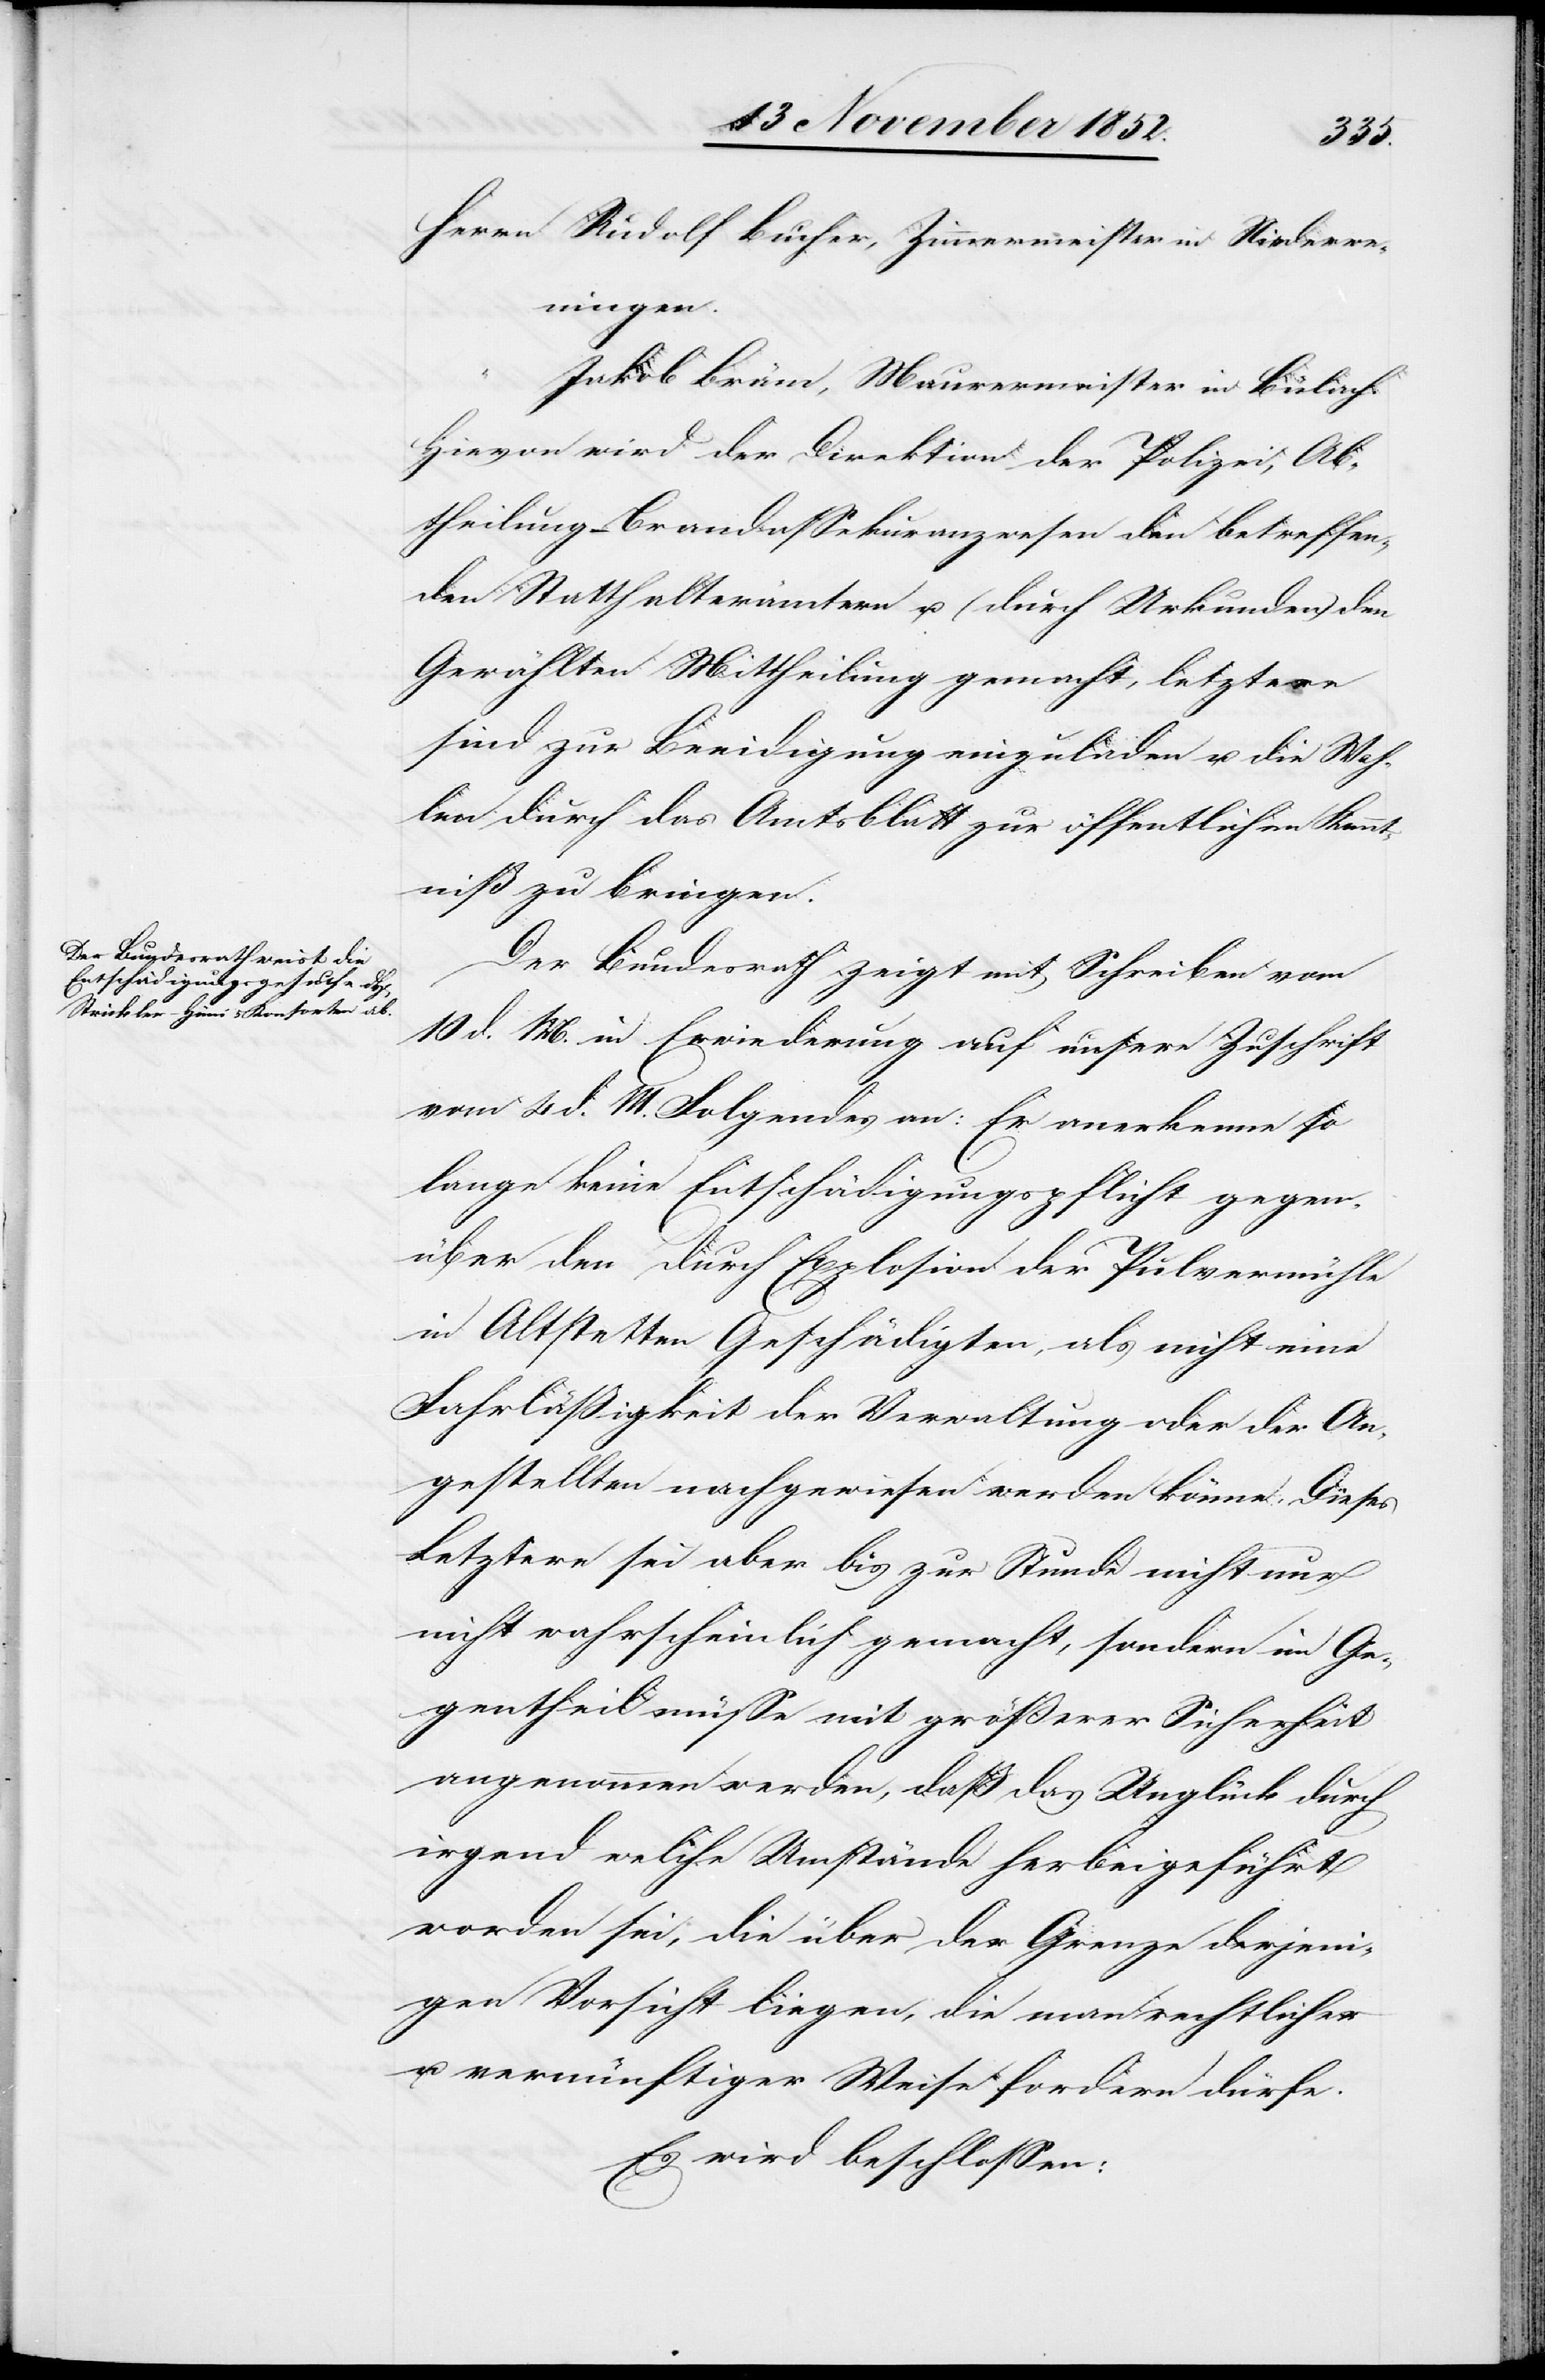
Herrn Rudolf Bucher, Zimmermeister in Niederwe¬
ningen.
Jakob Bräm, Maurermeister in Bülach.
Hievon wird der Direktion der Polizei, Ab¬
theilung – Brandassekuranzwesen[,] den betreffen¬
den Statthalterämtern u. (durch Urkunden) den
Gewählten Mittheilung gemacht, letztere
sind zur Beeidigung einzuladen u. die Wah¬
len durch das Amtsblatt zur öffentlichen Kennt¬
niß zu bringen.
Der Bundesrath zeigt mit Schreiben vom
10 d. M. in Erwiederung auf unsere Zuschrift
vom 4 d. M. Folgendes an: Er anerkenne so
lange keine Entschädigungspflicht gegen¬
über den durch Explosion der Pulvermühle
in Altstetten Geschädigten, als nicht eine
Fahrläßigkeit der Verwaltung oder der An¬
gestellten nachgewiesen werden könne. Dieses
Letztere sei aber bis zur Stunde nicht nur
nicht wahrscheinlich gemacht, sondern im Ge¬
gentheil müsse mit größerer Sicherheit
angenommen werden, daß das Unglück durch
irgend welche Umstände herbeigeführt
worden sei, die über der Grenze derjeni¬
gen Vorsicht liegen, die man rechtlicher
u. vernünftiger Weise fordern dürfe.
Es wird beschlossen: